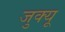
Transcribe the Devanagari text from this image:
जुक्यू